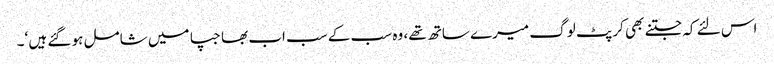
اس لئے کہ جتنے بھی کرپٹ لوگ میرے ساتھ تھے، وہ سب کے سب اب بھاجپا میں شامل ہو گئے ہیں ‘۔